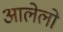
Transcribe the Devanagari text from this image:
आलेलो